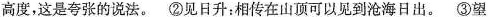
高度，这是夸张的说法。②见日升：相传在山顶可以见到沧海日出。③望